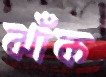
ঝাঁক